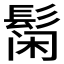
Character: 𲌞